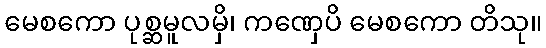
မေစကော ပုစ္ဆမူလမှိ၊ ကဏှေပိ မေစကော တိသု။